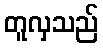
တူလှသည်